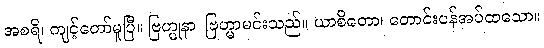
အစရိ၊ ကျင့်တော်မူပြီ။ ဗြဟ္မုနာ၊ ဗြဟ္မာမင်းသည်။ ယာစိတော၊ တောင်းပန်အပ်ထသော။